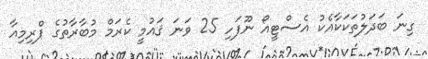
ގިނަ ބަދަލުތަކަކާއެކު އެސްޓީއޯ ނޫފަހި 25 ވަނަ ޤައުމީ ކެރަމް މުބާރާތުގެ ޕްރިމިއާ